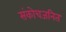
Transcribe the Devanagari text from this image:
संकोचजनित